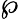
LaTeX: \wp